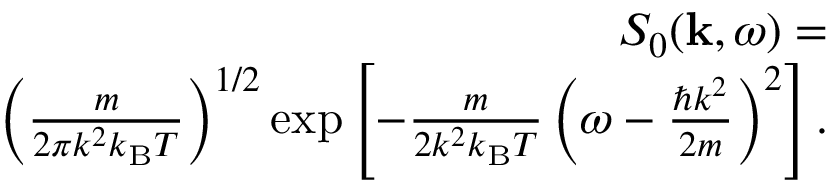
\begin{array} { r } { S _ { 0 } ( { \bf k } , \omega ) = } \\ { \left( \frac { m } { 2 \pi k ^ { 2 } k _ { \mathrm { B } } T } \right) ^ { 1 / 2 } \exp \left[ - \frac { m } { 2 k ^ { 2 } k _ { \mathrm { B } } T } \left( \omega - \frac { \hbar k ^ { 2 } } { 2 m } \right) ^ { 2 } \right] . } \end{array}